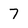
Character: 7